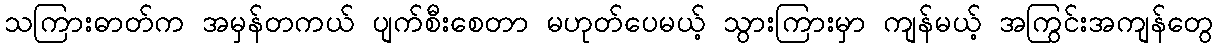
သကြားဓာတ်က အမှန်တကယ် ပျက်စီးစေတာ မဟုတ်ပေမယ့် သွားကြားမှာ ကျန်မယ့် အကြွင်းအကျန်တွေ